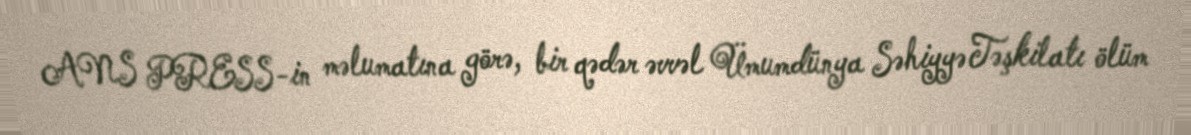
ANS PRESS-in məlumatına görə, bir qədər əvvəl Ümumdünya Səhiyyə Təşkilatı ölüm